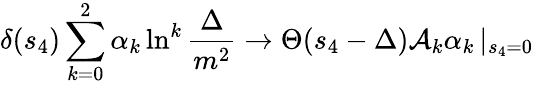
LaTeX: \delta(s_{4})\sum_{k=0}^{2}\alpha_{k}\ln^{k}\frac{\Delta}{m^{2}}\rightarrow\Theta(s_{4}-\Delta){\cal A}_{k}\alpha_{k}\left|_{s_{4}=0}\right.